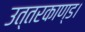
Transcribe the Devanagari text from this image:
उत्तरकाण्ड।